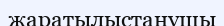
жаратылыстанушы